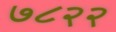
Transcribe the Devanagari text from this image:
७८२२